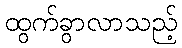
ထွက်ခွာလာသည့်